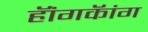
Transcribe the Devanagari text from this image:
हॅांगकॅांग